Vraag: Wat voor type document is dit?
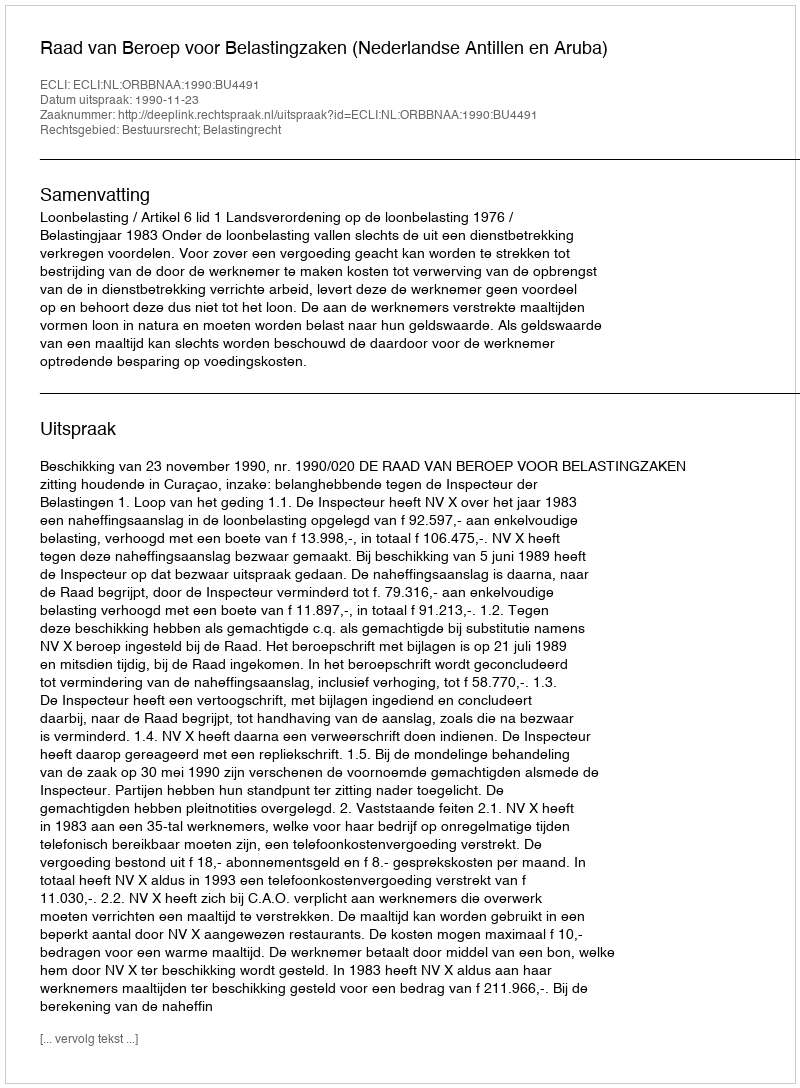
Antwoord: Uitspraak